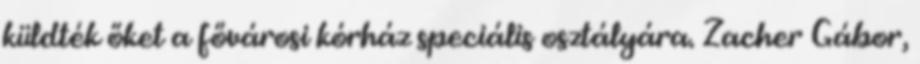
küldték őket a fővárosi kórház speciális osztályára. Zacher Gábor,